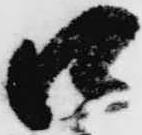
口